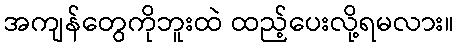
အကျန်တွေကိုဘူးထဲ ထည့်ပေးလို့ရမလား။